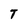
Character: T